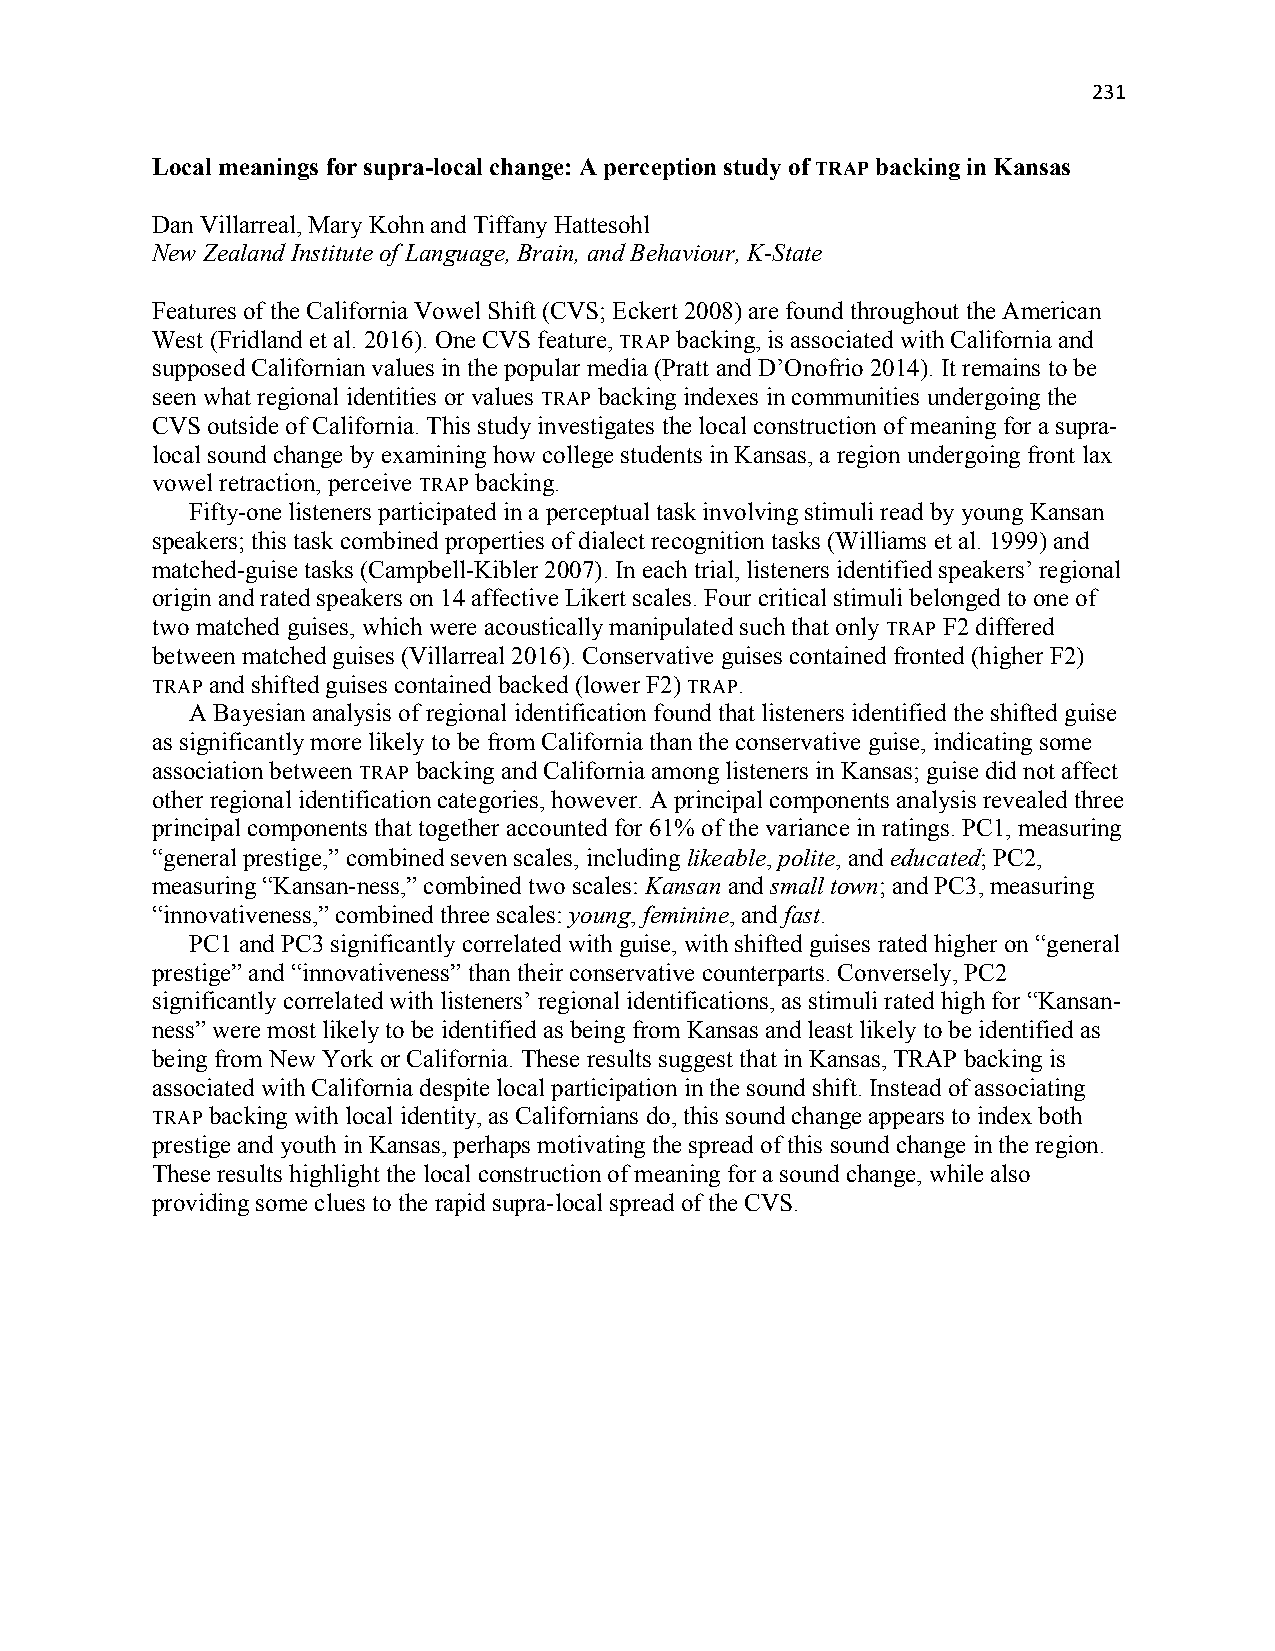
231
 Local meanings for supra-local change: A perception study of TRAP backing in Kansas
 Dan Villarreal, Mary Kohn and Tiffany Hattesohl
 New Zealand Institute of Language, Brain, and Behaviour, K-State
 Features of the California Vowel Shift (CVS; Eckert 2008) are found throughout the American
 West (Fridland et al. 2016). One CVS feature, TRAP backing, is associated with California and
 supposed Californian values in the popular media (Pratt and D’Onofrio 2014). It remains to be
 seen what regional identities or values TRAP backing indexes in communities undergoing the
 CVS outside of California. This study investigates the local construction of meaning for a supra-
 local sound change by examining how college students in Kansas, a region undergoing front lax
 vowel retraction, perceive TRAP backing.
 Fifty-one listeners participated in a perceptual task involving stimuli read by young Kansan
 speakers; this task combined properties of dialect recognition tasks (Williams et al. 1999) and
 matched-guise tasks (Campbell-Kibler 2007). In each trial, listeners identified speakers’ regional
 origin and rated speakers on 14 affective Likert scales. Four critical stimuli belonged to one of
 two matched guises, which were acoustically manipulated such that only TRAP F2 differed
 between matched guises (Villarreal 2016). Conservative guises contained fronted (higher F2)
 TRAP and shifted guises contained backed (lower F2) TRAP.
 A Bayesian analysis of regional identification found that listeners identified the shifted guise
 as significantly more likely to be from California than the conservative guise, indicating some
 association between TRAP backing and California among listeners in Kansas; guise did not affect
 other regional identification categories, however. A principal components analysis revealed three
 principal components that together accounted for 61% of the variance in ratings. PC1, measuring
 “general prestige,” combined seven scales, including likeable, polite, and educated; PC2,
 measuring “Kansan-ness,” combined two scales: Kansan and small town; and PC3, measuring
 “innovativeness,” combined three scales: young, feminine, and fast.
 PC1 and PC3 significantly correlated with guise, with shifted guises rated higher on “general
 prestige” and “innovativeness” than their conservative counterparts. Conversely, PC2
 significantly correlated with listeners’ regional identifications, as stimuli rated high for “Kansan-
 ness” were most likely to be identified as being from Kansas and least likely to be identified as
 being from New York or California. These results suggest that in Kansas, TRAP backing is
 associated with California despite local participation in the sound shift. Instead of associating
 TRAP backing with local identity, as Californians do, this sound change appears to index both
 prestige and youth in Kansas, perhaps motivating the spread of this sound change in the region.
 These results highlight the local construction of meaning for a sound change, while also
 providing some clues to the rapid supra-local spread of the CVS.